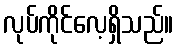
လုပ်ကိုင်လေ့ရှိသည်။